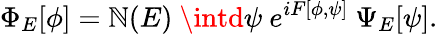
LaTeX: \Phi_{E}[\phi]=\mathbb{N}(E)~\intd\psi~e^{iF[\phi,\psi]}~\Psi_{E}[\psi].